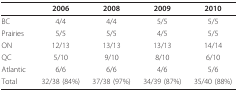
<table><thead><tr><td></td><td><b>2006</b></td><td><b>2008</b></td><td><b>2009</b></td><td><b>2010</b></td></tr></thead><tbody><tr><td>BC</td><td>4/4</td><td>4/4</td><td>5/5</td><td>5/5</td></tr><tr><td>Prairies</td><td>5/5</td><td>5/5</td><td>4/5</td><td>5/5</td></tr><tr><td>ON</td><td>12/13</td><td>13/13</td><td>13/13</td><td>14/14</td></tr><tr><td>QC</td><td>5/10</td><td>9/10</td><td>8/10</td><td>6/10</td></tr><tr><td>Atlantic</td><td>6/6</td><td>6/6</td><td>4/6</td><td>5/6</td></tr><tr><td>Total</td><td>32/38 (84%)</td><td>37/38 (97%)</td><td>34/39 (87%)</td><td>35/40 (88%)</td></tr></tbody></table>